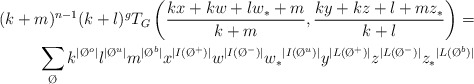
\begin{align*} (k+m)^{n-1}(k+l)^{g}T_G\left(\frac{kx+kw+lw_*+m}{k+m},\frac{ky+kz+l+mz_*}{k+l}\right) = \\\sum_{\O} k^{|\O^{o}|}l^{|\O^{u}|}m^{|\O^{b}|}x^{| I(\O^{+}) |} w^{| I(\O^{-}) |} {w_*}^{| I(\O^{u}) |} y^{| L( \O^{+}) |} z^{| L(\O^{-}) |}{z_*}^{| L(\O^{b}) |} \end{align*}